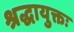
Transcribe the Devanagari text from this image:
श्रद्धायुक्तः